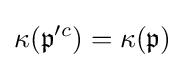
\kappa ({\mathfrak {p}}^{\prime c})=\kappa ({\mathfrak {p}})